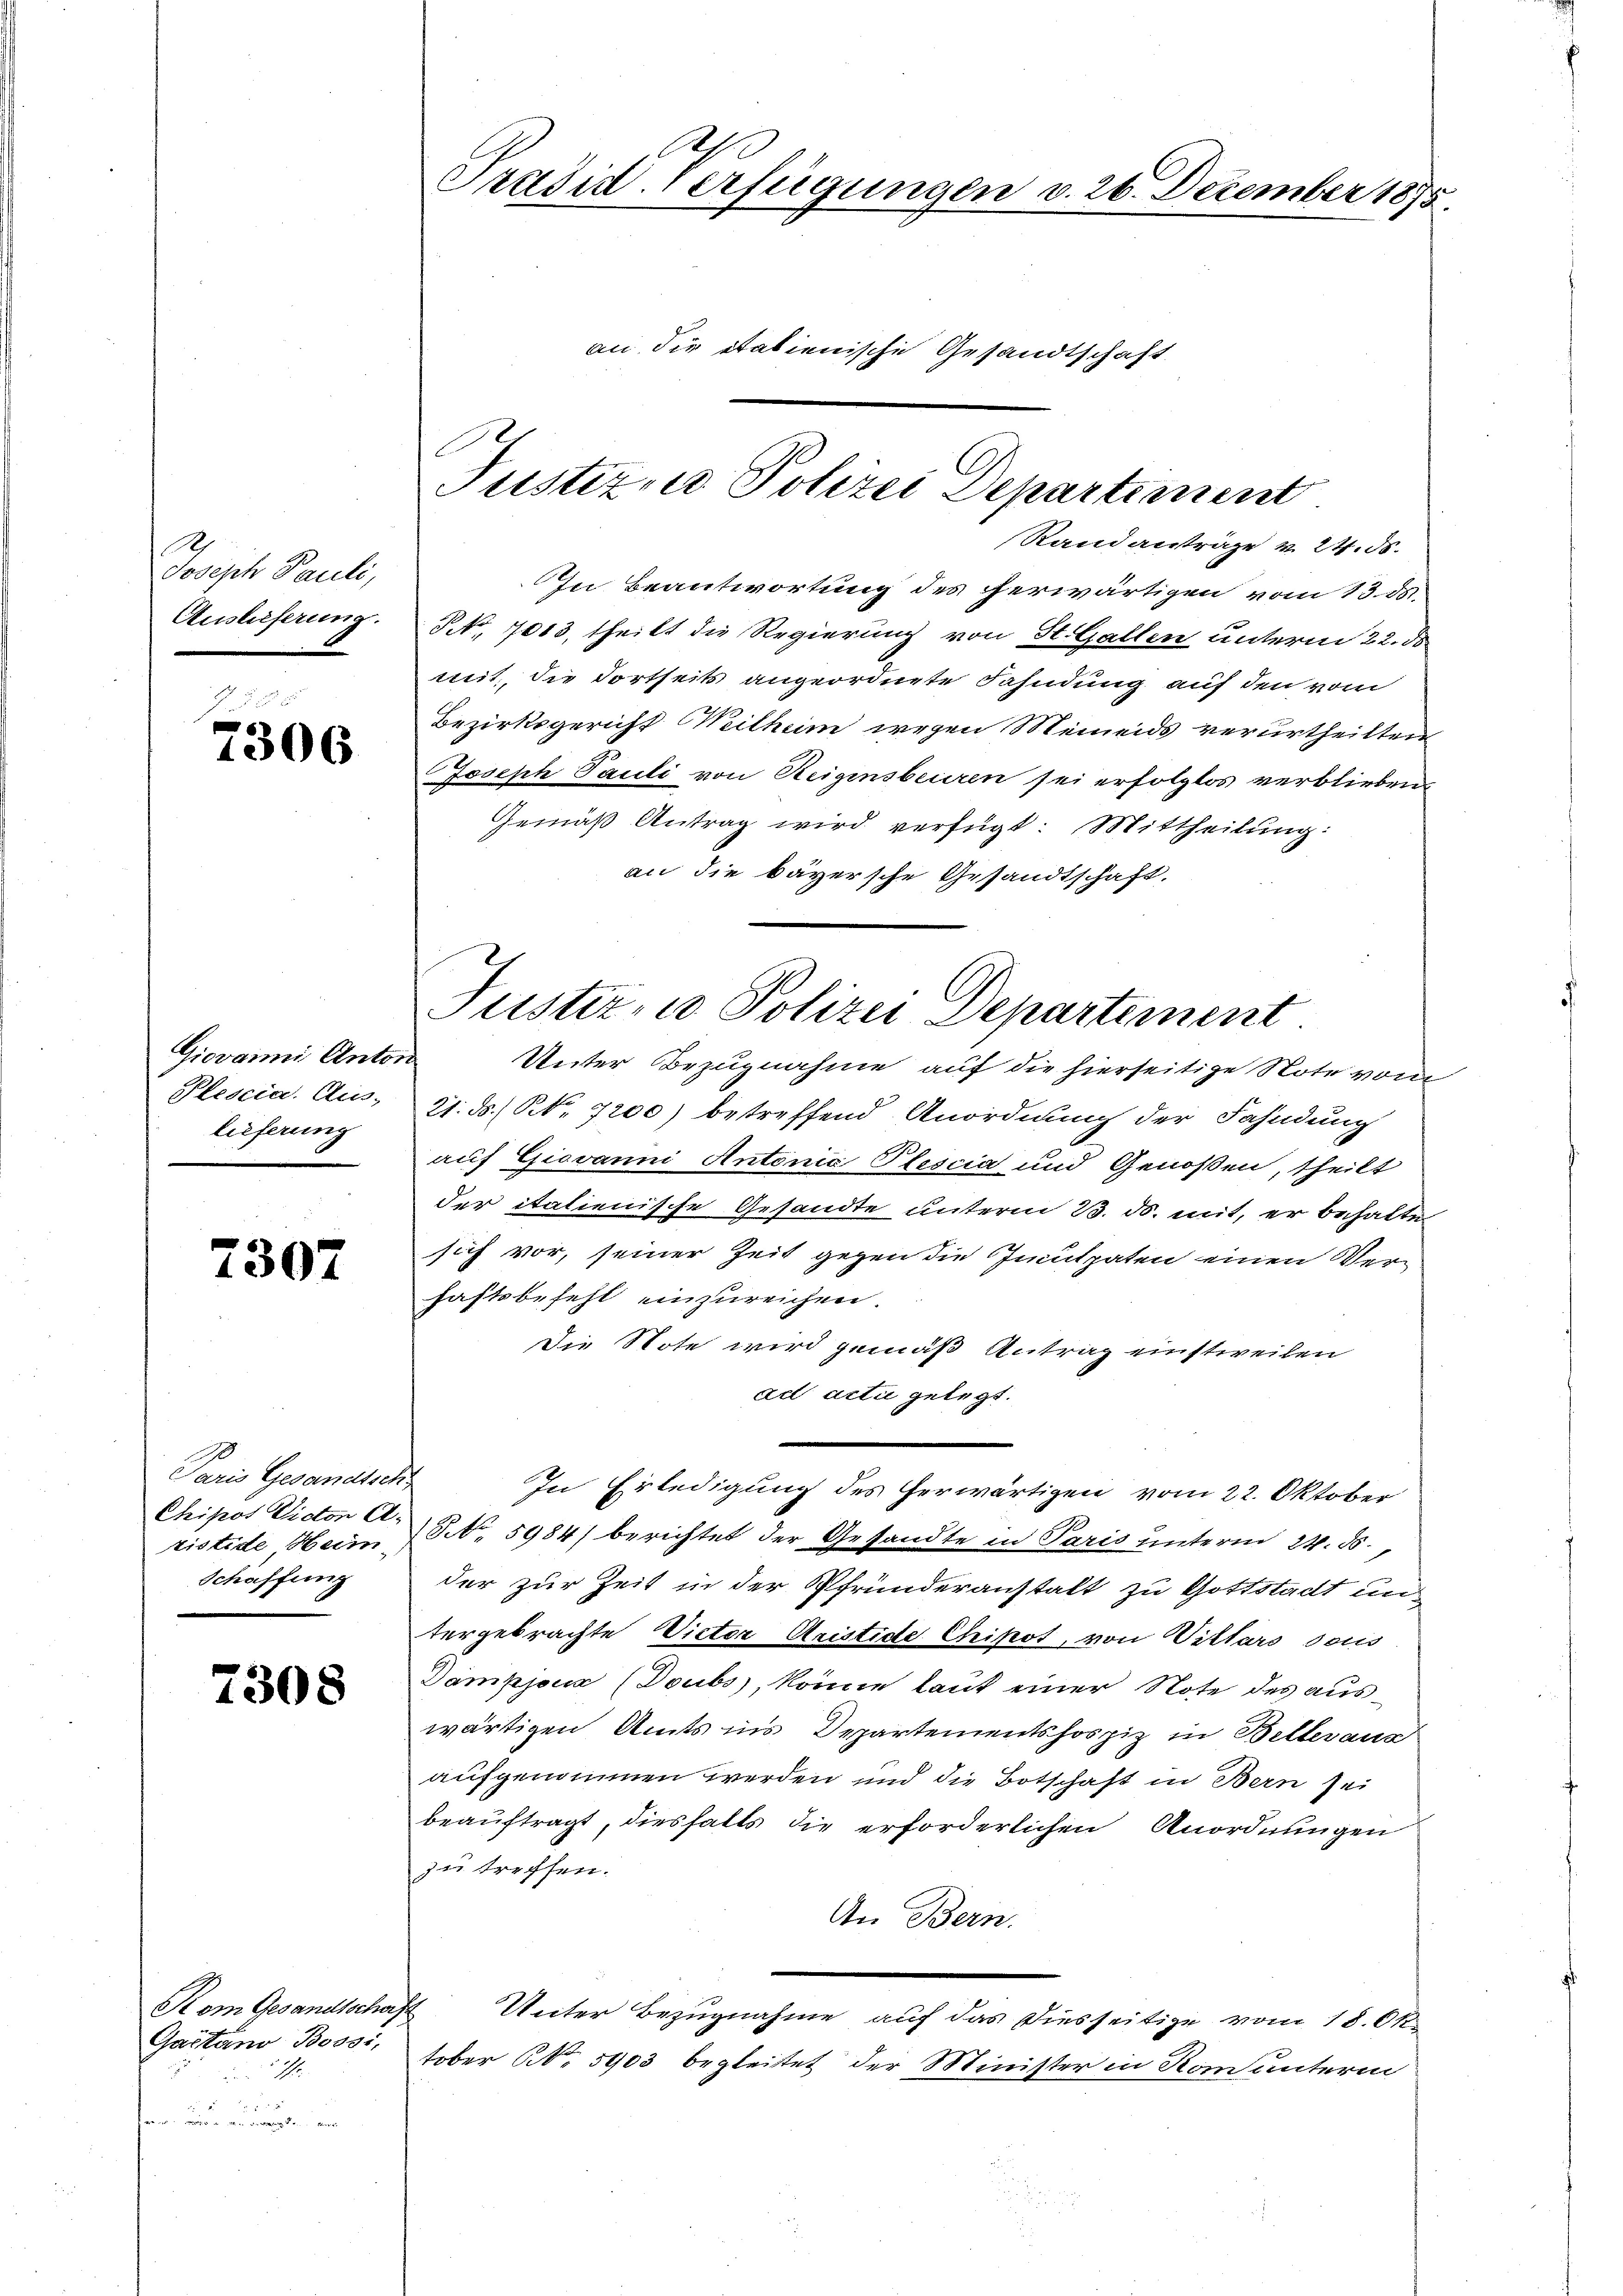
Joseph Pauli,
Auslieferung.

7306

Giovanni Antor
Plescia. Aus-
lieferung

Paris Gesandtsch
Chipot Victor A.
ristide Hum
Schaffung

und au

7307

7308

Kom Gesandtschaf
Gactand Bossi,
1

Präsid-Verfügungen v. 26. Dezember 1875.
an die italienische Gesandtschaft

Justiz, u. Polizei Departement
Randanträge v. 24. 58.

In Beantwortung des erwärtigen vom 13. 85.
NNo. 7013, theilt die Regierung von St. Gallen unterm 22. ds
mit, die dortseits angeordnete Fahndung auf den vom
Bezirksgericht Weithum wegen Meineids verurtheilten
Joseph Pauli von Steigensbeuren sei erfolglos verblieben.
Gemäß Antrag wird verfügt: Mittheilung:
an die bayersche Gesandtschaft.

Justiz, u. Polizei Departement

Unter Bezugnahme auf die hierseitige Note vom
21. ds. / NNo. 7200) betreffend Anordnung der Fahndung
auf Giovanni Antonia Plescia und Genoßen, theilt
der italienische Gesandte unterm 23. ds. mit, er behalte
sich vor, seiner Zeit gegen die Inculpaten einen Ver-
haftsbefehl einzureichen.
Die Note wird gemäß Antrag einstweilen
ad acti gelegt.
In Erledigung des herwärtigen vom 22. Oktober
No. 5984) berichtet der Gesandte in Paris unterm 24. ds.
der zur Zeit in der Pfrunderanstalt zu Gottstadt un
tergebrachte Victor Aristide Chikot, von Villars sous
Dampjucz (Toubs, könne laut einer Note des auswärtigen Amts ins Departementshospiz in Belteraus
aufgenommen werden und die Botschaft in Bern sei
beauftragt, diesfalls die erforderlichen Anordnungen
zu treffen.
An Bern.
Unter Bezugnahme auf das Diesseitige vom 18. Ok
tober No. 5903 begleitet der Minister in Rom unterm